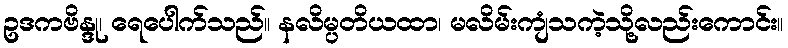
ဥဒကဗိန္ဒု၊ ရေပေါက်သည်။ နလိမ္ပတိယထာ၊ မလိမ်းကျံသကဲ့သို့လည်းကောင်း။